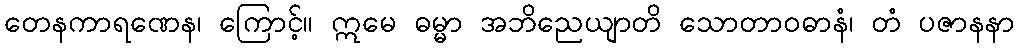
တေနကာရဏေန၊ ကြောင့်။ ဣမေ ဓမ္မာ အဘိညေယျာတိ သောတာဝဓာနံ၊ တံ ပဇာနနာ